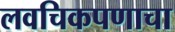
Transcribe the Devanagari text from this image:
लवचिकपणाचा